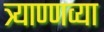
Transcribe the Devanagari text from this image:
त्र्याण्णव्या